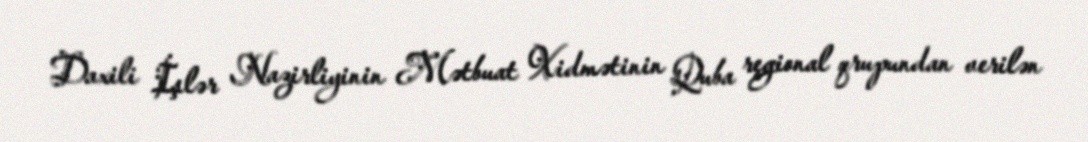
Daxili İşlər Nazirliyinin Mətbuat Xidmətinin Quba regional qrupundan verilən